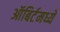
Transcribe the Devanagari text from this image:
ऑबिर्टमध्ये